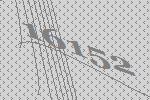
16152